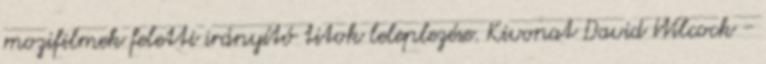
mozifilmek feletti irányító titok leleplezése. Kivonat David Wilcock -